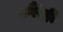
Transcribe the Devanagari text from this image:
वगैरेही